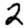
Digit: 2